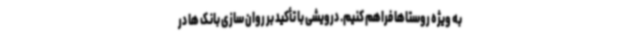
به ویژه روستاها فراهم کنیم. درویشی با تأکید بر روان سازی بانک ها در